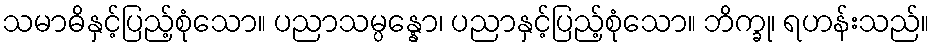
သမာဓိနှင့်ပြည့်စုံသော။ ပညာသမ္ပန္နော၊ ပညာနှင့်ပြည့်စုံသော။ ဘိက္ခု၊ ရဟန်းသည်။